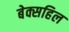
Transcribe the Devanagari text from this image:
बेक्सहिल